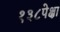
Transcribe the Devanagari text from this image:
१३८पेक्षा